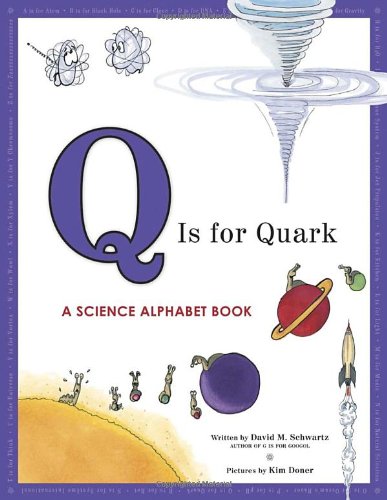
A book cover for Q Is for Quark: A Science Alphabet Book; David M. Schwartz; Children's Books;